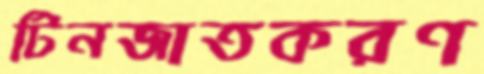
টিনজাতকরণ